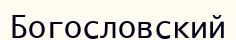
Богословский